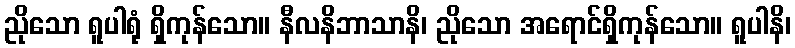
ညိုသော ရူပါရုံ ရှိကုန်သော။ နီလနိဘာသာနိ၊ ညိုသော အရောင်ရှိကုန်သော။ ရူပါနိ၊